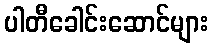
ပါတီခေါင်းဆောင်များ